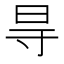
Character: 㝵